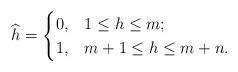
LaTeX: \begin{align*}\widehat{h}=\begin{cases}0,&1\leq h\leq m;\\1,&m+1\leq h\leq m+n.\end{cases}\end{align*}